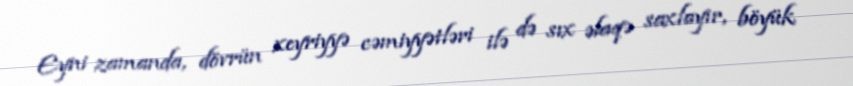
Eyni zamanda, dövrün xeyriyyə cəmiyyətləri ilə də sıx əlaqə saxlayır, böyük